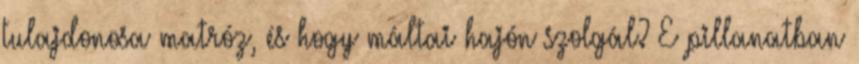
tulajdonosa matróz, és hogy máltai hajón szolgál? E pillanatban